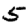
Digit: 5